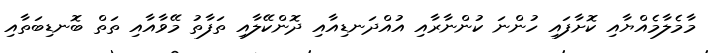
މާމެލާމެއްޔާއި ކޮށާފައި ހުންނަ ކުންނާރާއި އުއްދަނޑިއާއި ދޮންކޭލާއި ތަފާތު މޭވާއާއި ތަތް ބޮނޑިބަތާއި